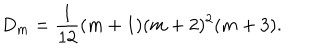
D _ { m } = \frac { 1 } { 1 2 } ( m + 1 ) ( m + 2 ) ^ { 2 } ( m + 3 ) .